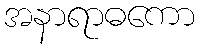
အနာရာဓကော